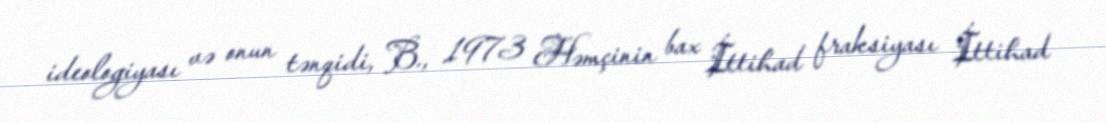
ideologiyası və onun tənqidi, B., 1973 Həmçinin bax İttihad fraksiyası İttihad